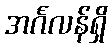
အင်္ဂလန်ရှိ